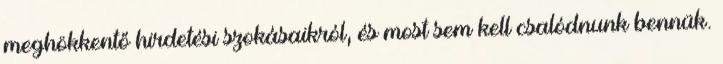
meghökkentő hirdetési szokásaikról, és most sem kell csalódnunk bennük.